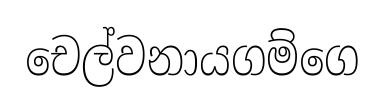
චෙල්වනායගම්ගෙ